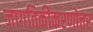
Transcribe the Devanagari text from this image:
जागतिकीकरणोत्तर